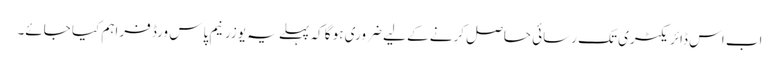
اب اس ڈائریکٹری تک رسائی حاصل کرنے کے لیے ضروری ہو گا کہ پہلے یہ یوزرنیم پاس ورڈ فراہم کیا جائے۔